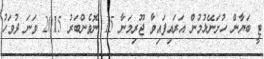
ޓީ ބަޔާން ހުށަނޭޅުމުން އަރައިފައިވާ ޖޫރިމަނާ 15 ނޮވެންބަރު 2015 ވަނަ ދުވަހު